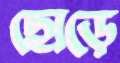
ছোড়ে